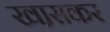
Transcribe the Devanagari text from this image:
खा़सकर